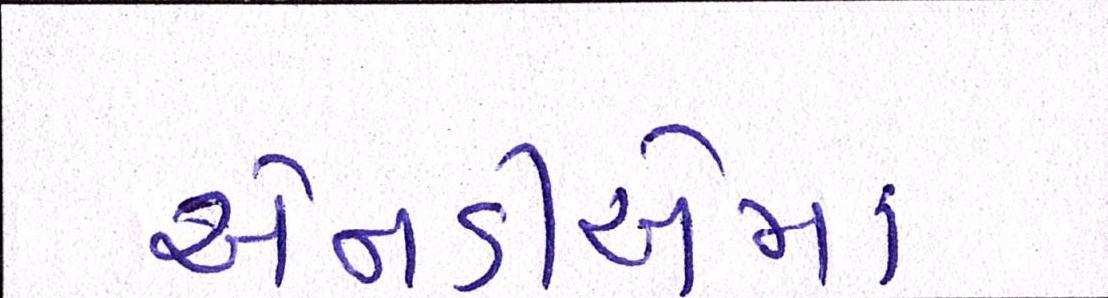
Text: એનડીએમાં